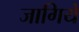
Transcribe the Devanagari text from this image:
जागिये